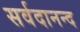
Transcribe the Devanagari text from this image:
सर्वदानन्द